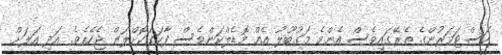
ކަސްޓަމަރުންގެ ތެރޭގައިވެސް އެންމެ މަގުބޫލު އެއް މޮޑެލްކަންވެސް ފާހަގަކޮށްލަން ޖެހެއެވެ. އަދި އަލަށް